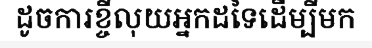
ដូចការខ្ចីលុយអ្នកដទៃដើម្បីមក